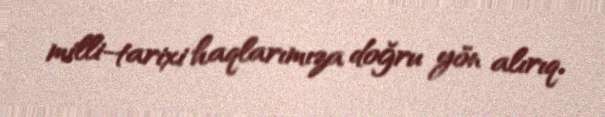
milli-tarixi haqlarımıza doğru yön alırıq.